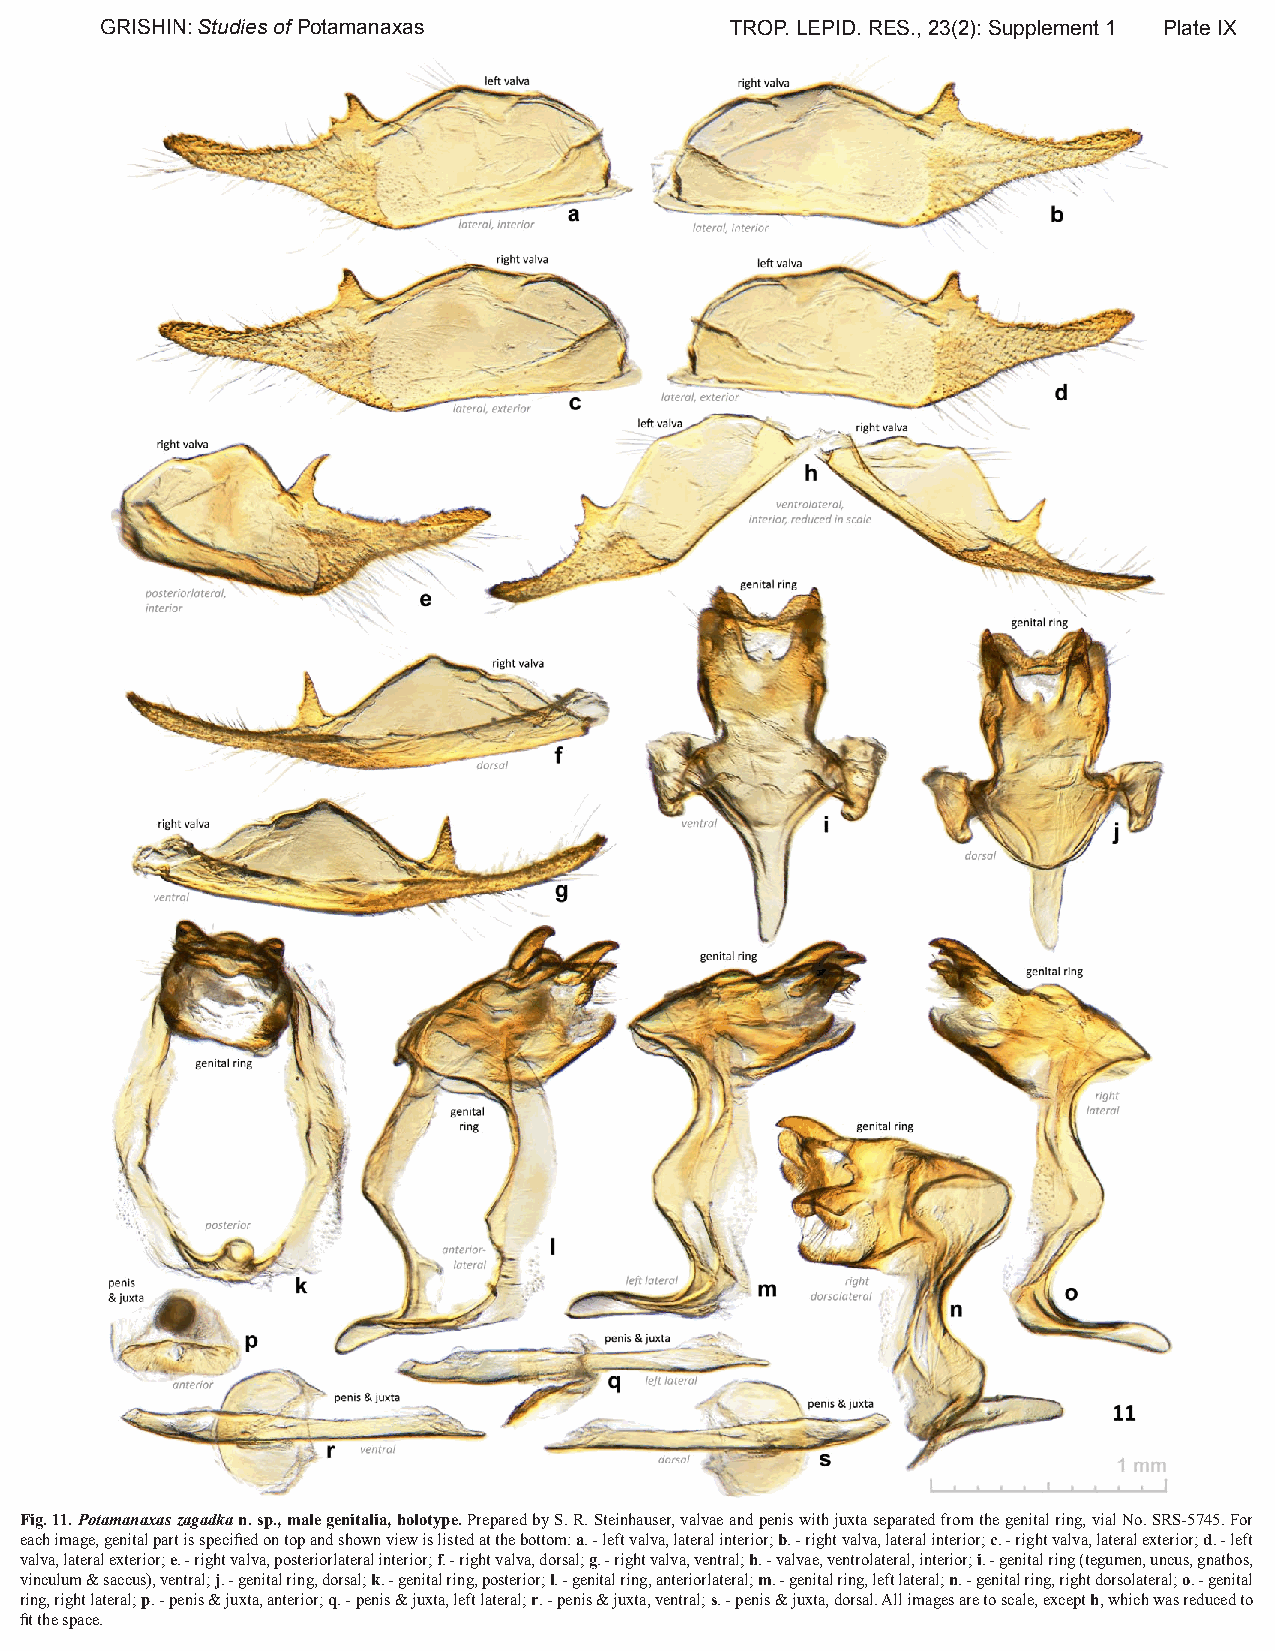
GRISHIN: Studies of Potamanaxas          TROP. LEPID. RES., 23(2): Supplement 1 Plate IX
 Fig. 11. Potamanaxas zagadka n. sp., male genitalia, holotype. Prepared by S. R. Steinhauser, valvae and penis with juxta separated from the genital ring, vial No. SRS-5745. For
 each image, genital part is specified on top and shown view is listed at the bottom: a. - left valva, lateral interior; b. - right valva, lateral interior; c. - right valva, lateral exterior; d. - left
 valva, lateral exterior; e. - right valva, posteriorlateral interior; f. - right valva, dorsal; g. - right valva, ventral; h. - valvae, ventrolateral, interior; i. - genital ring (tegumen, uncus, gnathos,
 vinculum & saccus), ventral; j. - genital ring, dorsal; k. - genital ring, posterior; l. - genital ring, anteriorlateral; m. - genital ring, left lateral; n. - genital ring, right dorsolateral; o. - genital
 ring, right lateral; p. - penis & juxta, anterior; q. - penis & juxta, left lateral; r. - penis & juxta, ventral; s. - penis & juxta, dorsal. All images are to scale, except h, which was reduced to
 fit the space.